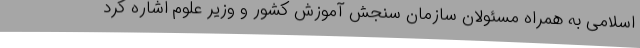
اسلامی به همراه مسئولان سازمان سنجش آموزش کشور و وزیر علوم اشاره کرد